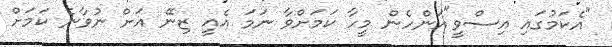
"އެކަމުގައި އިސްވީ"އަންހެން މީހާ ކަމަށްވާ ނަމަ އެއީ ޒިނޭ އަށް ނުވާނެ ކަމަށް